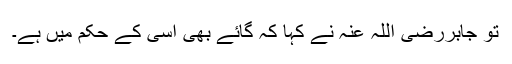
تو جابررضی اللہ عنہ نے کہا کہ گائے بھی اسی کے حکم میں ہے۔